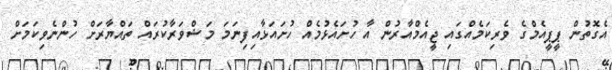
އެގޮތުން ޕީޕީއެމްގެ ވެރިކަމެއްގައި ޖީއެމްއާރުން އާ ހުށައެޅުމެއް ހުށައަޅާއިފިނަމަ މަޝްވަރާކުރައް ތައްޔާރަށް ހުންނެވިކަމަށް